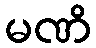
မဏိ